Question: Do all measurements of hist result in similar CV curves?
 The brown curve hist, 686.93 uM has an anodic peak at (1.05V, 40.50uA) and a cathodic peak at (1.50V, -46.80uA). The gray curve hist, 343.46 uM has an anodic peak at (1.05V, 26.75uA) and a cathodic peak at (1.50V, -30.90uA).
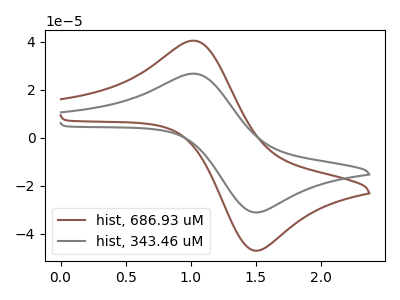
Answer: <think>All the peaks in "hist, 686.93 uM" have a peak in "hist, 343.46 uM" at the same potential. Every peak in "hist, 686.93 uM" is higher than every peak in "hist, 343.46 uM".
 </think>
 <answer>All the CV's of "hist" have similar shape.</answer>
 <eval>follow_rule</eval>